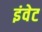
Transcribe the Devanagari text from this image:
इंवेट